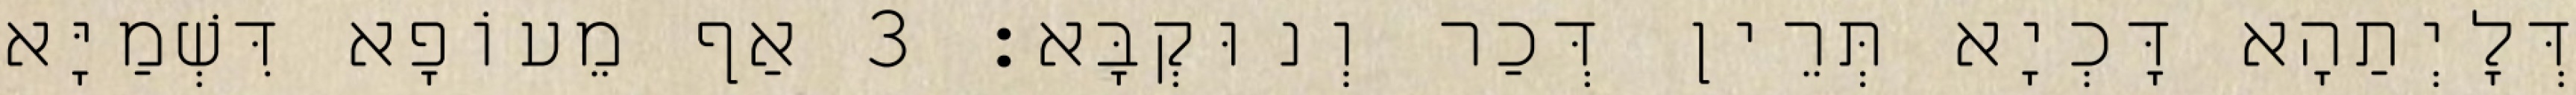
דְּלָיְתַהָא דָּכְיָא תְּרֵין דְּכַר וְנוּקְבָּא׃ 3 אַף מֵעוֹפָא דִּשְׁמַיָּא